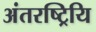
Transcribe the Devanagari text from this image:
अंतरष्ट्रियि